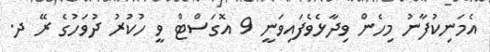
އެމަނިކުފާނު މިހެން ވިދާޅެވެފައިވަނީ 9 އޮގަސްޓް ވީ ހުކުރު ދުވަހުގެ ރޭ ދ.